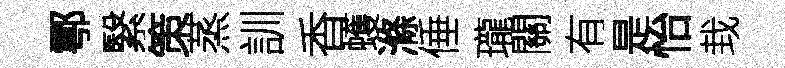
鄠繄策蒸訓香蠖滌倕瓏關有是怡㘽